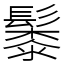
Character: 䰍